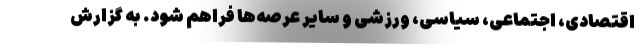
اقتصادی، اجتماعی، سیاسی، ورزشی و سایر عرصه‌ها فراهم شود. به گزارش